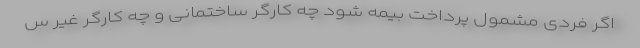
اگر فردی مشمول پرداخت بیمه شود چه کارگر ساختمانی و چه کارگر غیر س